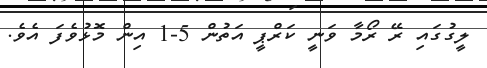
ލީގުގައި ރޭ ރޯމާ ވަނީ ކަރްޕީ އަތުން 5-1 އިން މޮޅުވެފަ އެވެ.